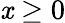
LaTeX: \mathit{x}\geq0